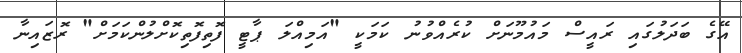
އޭގެ ބަދަލުގައި ރައީސް މައުމޫނަށް ކުރެއްވުނު ކަމަކީ "އަމިއްލަ ޕާޓީ ފޮތިފޮތިކޮށްލުންކަމަށް" ރޮޒައިނާ